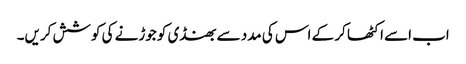
اب اسے اکٹھا کر کے اس کی مدد سے بھنڈی کو جوڑنے کی کوشش کریں۔